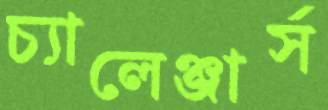
চ্যালেঞ্জার্স